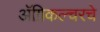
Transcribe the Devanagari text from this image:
अॅग्रिकल्चरचे